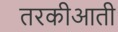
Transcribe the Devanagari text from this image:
तरकीआती